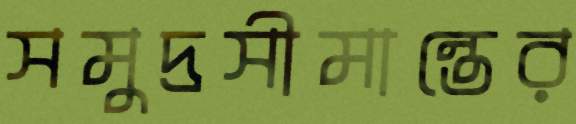
সমুদ্রসীমান্তের